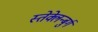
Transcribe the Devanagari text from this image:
स्तेक्लेन्बुर्ग